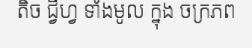
តិច ជ្វីហ្វ ទាំងមូល ក្នុង ចក្រភព